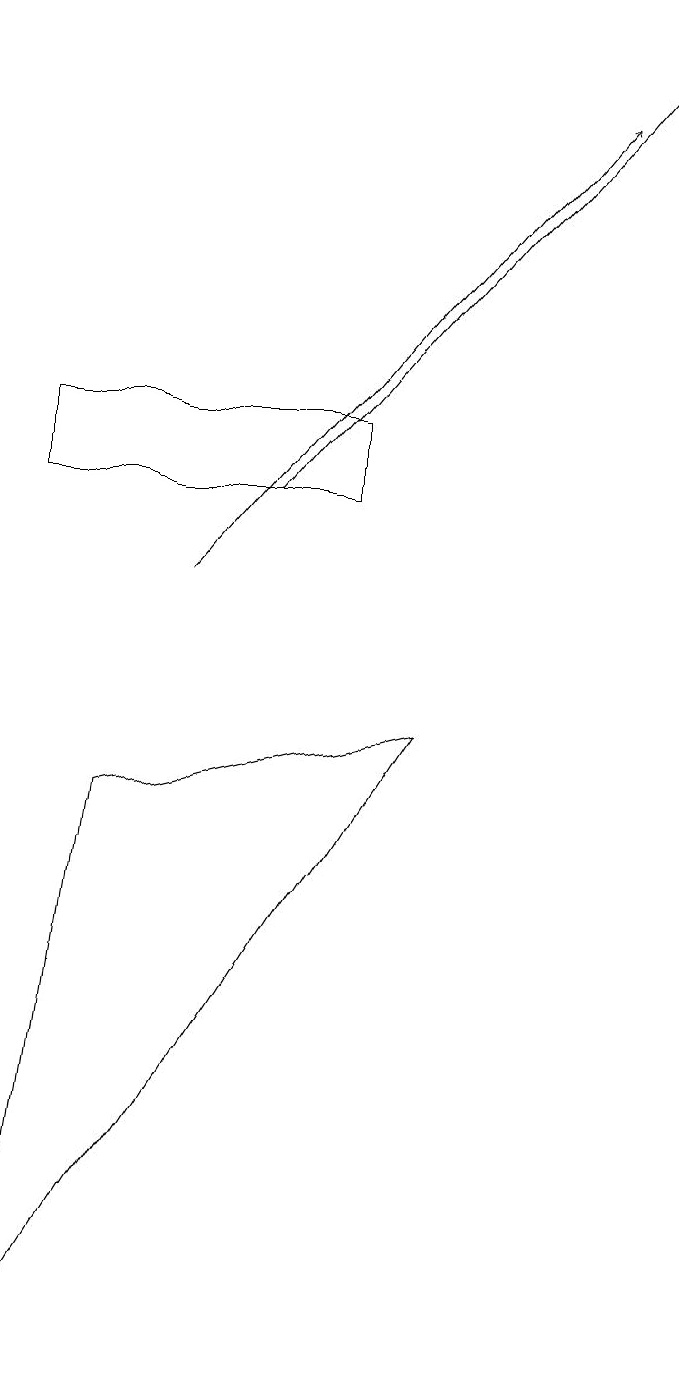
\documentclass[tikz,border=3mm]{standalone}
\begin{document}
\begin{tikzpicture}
\draw[->] (3,11) -- (8,17);
\draw[->] (2,10) -- (7,16);
\draw (4,11) rectangle (0,12);
\draw (1,7) -- (5,8) -- (0,0) -- cycle;
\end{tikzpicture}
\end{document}